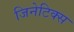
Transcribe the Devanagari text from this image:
जिनेटिक्स